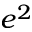
e ^ { 2 }